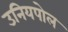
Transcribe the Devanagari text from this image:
उनियपोल